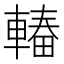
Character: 𮝠